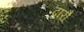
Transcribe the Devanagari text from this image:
द्वारौ